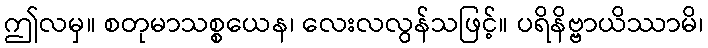
ဤလမှ။ စတုမာသစ္စယေန၊ လေးလလွန်သဖြင့်။ ပရိနိဗ္ဗာယိဿာမိ၊